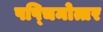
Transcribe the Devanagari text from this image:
पष्चिमोत्तर